Civil Veterinary Department Bihar & Orissa reports 1911-21 - 1911-1921
Year: 1911
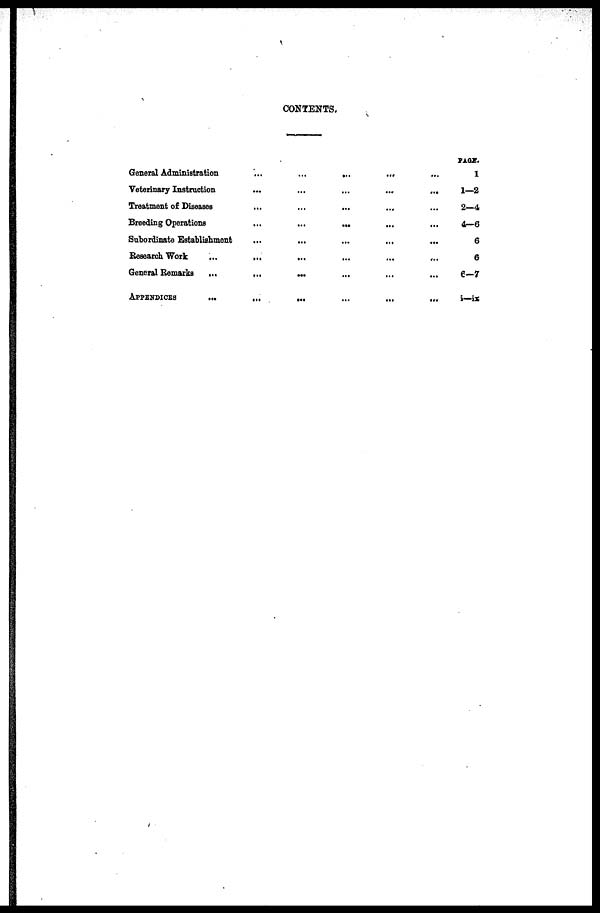
CONTENTS.
General Administration
...
...
...
...
...
Veterinary Instruction
...
...
...
...
...
Treatment of Diseases ... ... ... ... ...
Breeding Operations
...
...
... ... ...
Subordinate Establishment ... ... ... ... ...
Research Work
General Remarks
...
...
...
APPENDICES
...
...
...
...
...
...
PAGE
1
1—2
2—4
4—6
6
6
6—7
i—ix